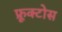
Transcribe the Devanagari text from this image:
फ्रूक्टोस